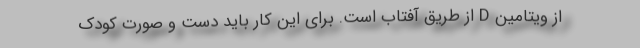
از ویتامین D از طریق آفتاب است. برای این کار باید دست و صورت کودک